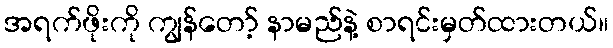
အရက်ဖိုးကို ကျွန်တော့် နာမည်နဲ့ စာရင်းမှတ်ထားတယ်။